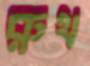
রুথ